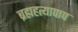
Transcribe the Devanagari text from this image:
ब्रह्महत्यापाप